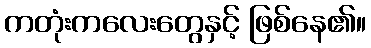
ကတုံးကလေးတွေနှင့် ဖြစ်နေ၏။